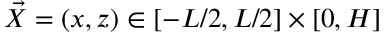
\vec { X } = ( x , z ) \in [ - L / 2 , L / 2 ] \times [ 0 , H ]